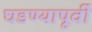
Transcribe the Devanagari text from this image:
घडण्यापूर्वी